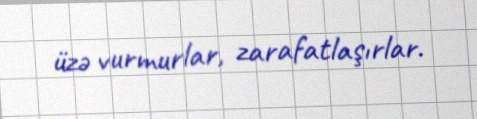
üzə vurmurlar, zarafatlaşırlar.